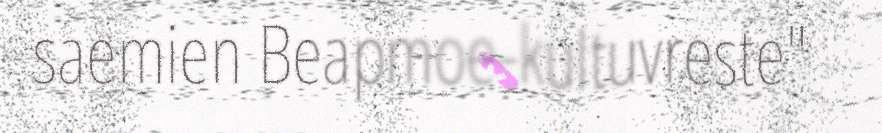
saemien Beapmoe-kultuvreste"